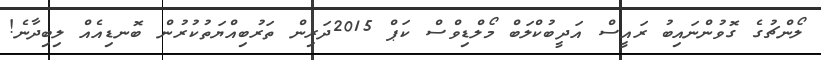
ލޯންޗުގެ ގޮވުންނައިބު ރައީސް އަދީބުކްލަބް މޯލްޑިވްސް ކަޕް 2015ދަރިން ތަރުބިއްޔަތުކުރުން ބޮނޑިއެއް ލިބިދާނެ!